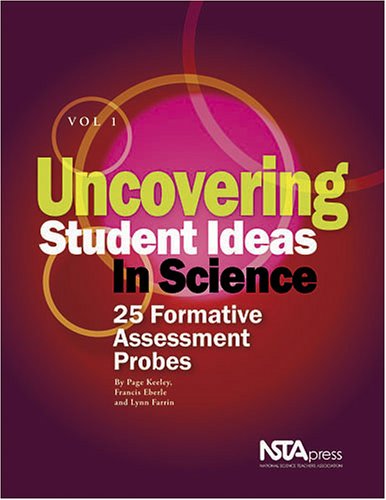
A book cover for Uncovering Student Ideas in Science, Vol. 1: 25 Formative Assessment Probes; Page Keeley; Science & Math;